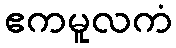
ဧကမူလကံ